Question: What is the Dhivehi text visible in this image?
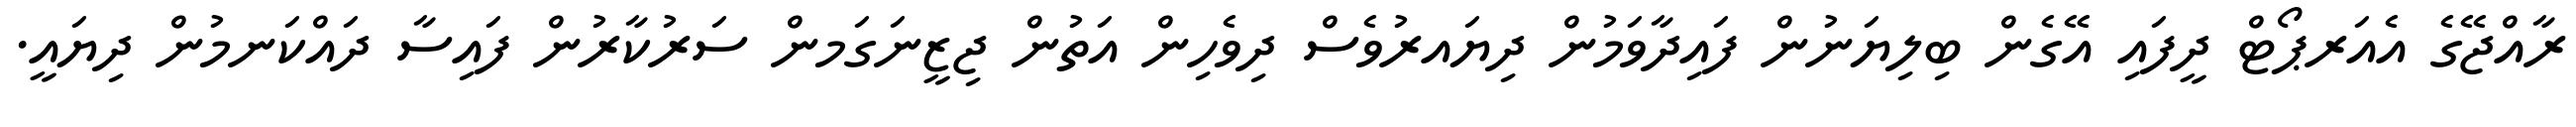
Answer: ރާއްޖޭގެ އެއަރޕޯޓް ދީފައި އޭގެން ބިލިޔަނުން ފައިދާވަމުން ދިޔައރުވެސް ދިވެހިން އަތުން ޖިޒީނަގަމން ސަރުކާރުން ފައިސާ ދައްކަނމުން ދިޔައީ.